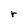
Character: r